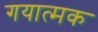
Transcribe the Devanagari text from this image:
गयात्मक